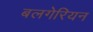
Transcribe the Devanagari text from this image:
बलगेरियन